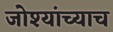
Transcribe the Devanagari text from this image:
जोश्यांच्याच